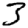
Digit: 3